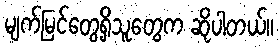
မျက်မြင်တွေ့ရှိသူတွေက ဆိုပါတယ်။